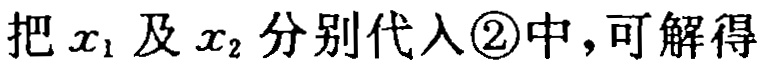
把 \(x_1\) 及 \(x_2\) 分别代入\textcircled{2}中，可解得